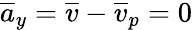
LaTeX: \overline{{a}}_{y}=\overline{{v}}-\overline{{v}}_{p}=0